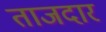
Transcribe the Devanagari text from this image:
ताजदार